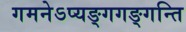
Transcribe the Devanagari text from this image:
गमनेऽप्यङ्गगङ्गन्ति